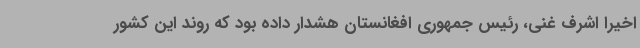
اخیرا اشرف غنی، رئیس جمهوری افغانستان هشدار داده بود که روند این کشور